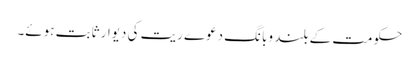
حکومت کے بلند وبانگ دعوے ریت کی دیوار ثابت ہوئے۔